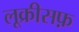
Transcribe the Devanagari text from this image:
लूक्रीसफ़